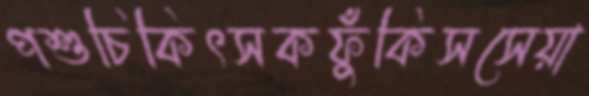
পশুচিকিৎসকফুঁকিসসেয়া